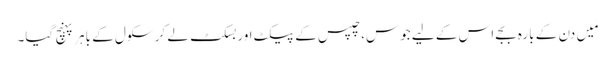
مَیں دن کے بارہ بجے اس کے لیے جوس، چپس کے پیکٹ اور بسکٹ لے کر سکول کے باہر پہنچ گیا۔